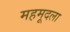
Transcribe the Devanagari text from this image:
महमूदला